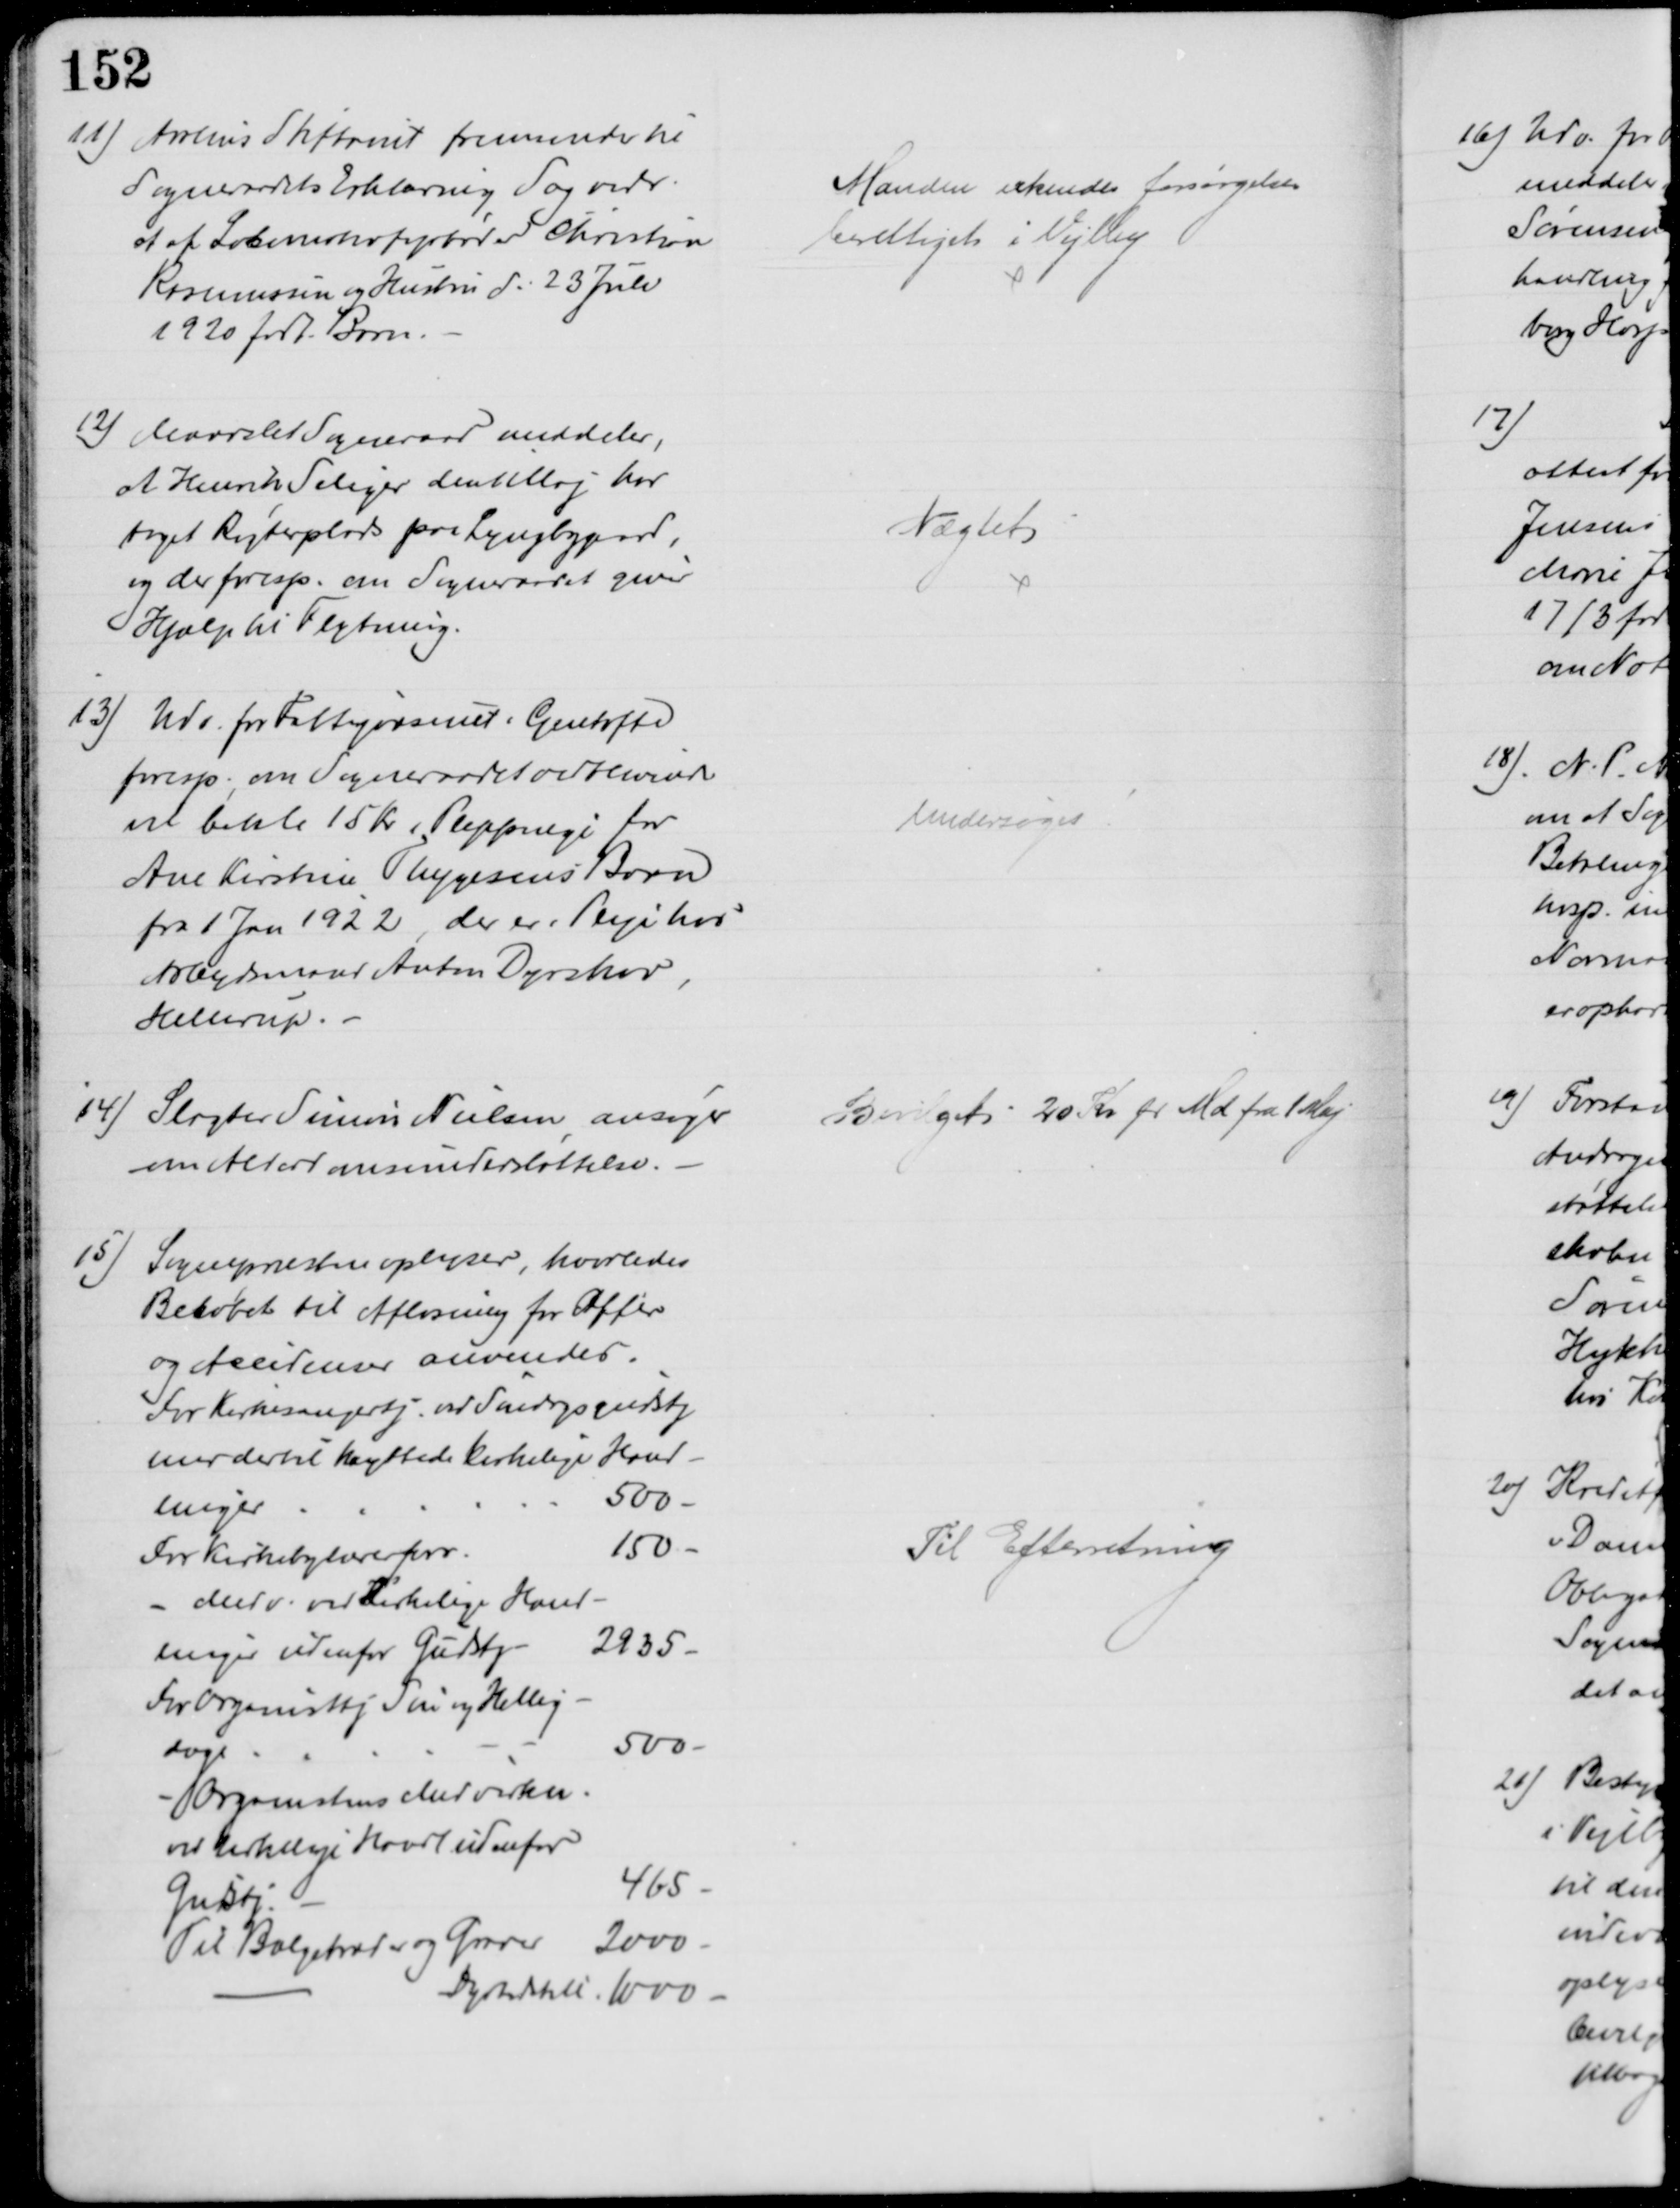
Transskription:
11) Aarhus Stiftamt fremsender til
Sogneraadets Erklæring Sag vedr
et af Lokomotivfører Christian
Rasmussen og Hustru d. 23 Juli
1920 født Barn.
Manden erkendes forsørgelses
berettiget i Vejlby
12) Maarslet Sogneraad meddeler,
at Henrik Seliger den 1 Maj har 
taget Røgterplads paa Lyngbygaard,
og der foresp. om Sogneraadet giver
Hjælp til Flytning.
Nægtet
13) Udv. fra Fattigvæsenet i Gentofte
foresp., om Sogneraadet vedblivende
vil betale 15 Kr i Plejepenge for
Ane Kirstine Thygesens Barn
fra 1 Jan 1922, der er i Pleje hos
Arbejdsmand Anton Dyrskov
Hellerup.
Undersøges
14) Slagter Simon Nielsen ansøger
om Alderdomsunderstøttelse.
Bevilget 20 Kr pr Md fra 1 Maj
15)
Sognepræsten oplyser, hvorledes
Beløbet til Afløsning for Offer
og Accidenser anvendes.
For Kirkesangertj. ved Sindsysgudstj
med dertil knyttede kirkelige Hand-
linger
500 
For Kirkebylærerforr.
150 
Medv. ved Kirkelige Hand-
linger udenfor Gudstj
2935
For Organisttj Søn og Hellig-
dage.
500 
Organistens Medvirkn.
ved kirkelige Handl. udenfor
Gudstj.
465
Til Bælgetræder og Graver
2000
Dyrtidstill. 1000
Til Efterretning